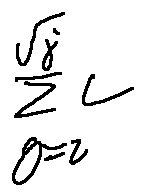
\sum \limits _ { g = z } ^ { \sqrt { j } } L